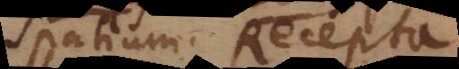
spatium. Recepta